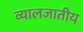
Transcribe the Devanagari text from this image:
व्यालजातीय